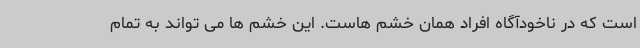
است که در ناخودآگاه افراد همان خشم هاست. این خشم ها می تواند به تمام